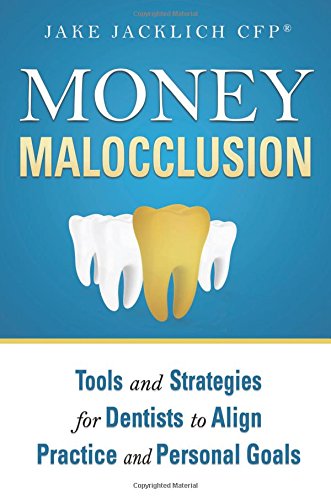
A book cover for Money Malocclusion: Tools and Strategies for Dentists to Align Practice and Personal Goals; Jake Jacklich CFPÂ®; Medical Books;